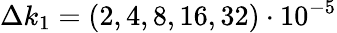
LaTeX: \Delta k_{1}=(2,4,8,16,32)\cdot 10^{-5}